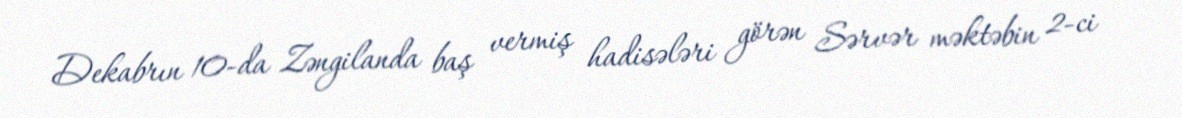
Dekabrın 10-da Zəngilanda baş vermiş hadisələri görən Sərvər məktəbin 2-ci